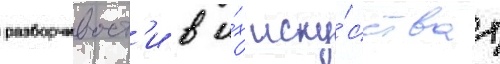
разборчивост'и в и́х иску́сствах